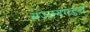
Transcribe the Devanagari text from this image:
सज्जनगडच